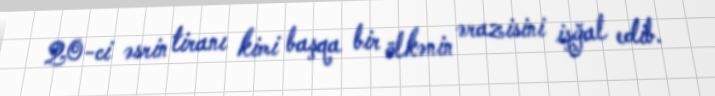
20-ci əsrin tiranı kimi başqa bir ölkənin ərazisini işğal edib.